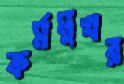
কর্মমুখর